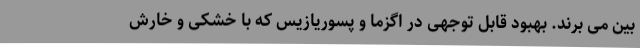
بین می برند. بهبود قابل توجهی در اگزما و پسوریازیس که با خشکی و خارش